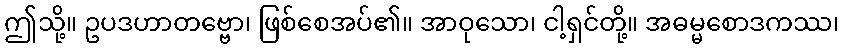
ဤသို့။ ဥပဒဟာတဗ္ဗော၊ ဖြစ်စေအပ်၏။ အာဝုသော၊ ငါ့ရှင်တို့။ အဓမ္မစောဒကဿ၊